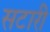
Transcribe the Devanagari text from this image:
सटारी